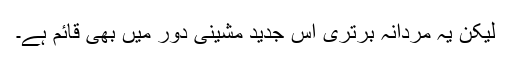
لیکن یہ مردانہ برتری اس جدید مشینی دور میں بھی قائم ہے۔